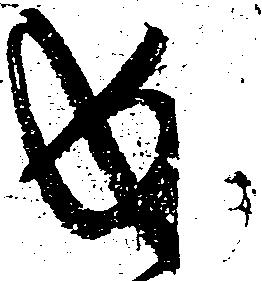
成